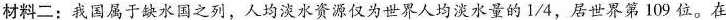
材料二：我国属于缺水国之列，人均淡水资源仅为世界人均淡水量的1/4，居世界第109位。在